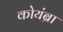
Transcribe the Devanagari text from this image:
कोयंब्रा